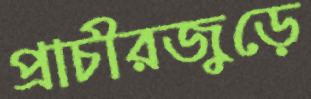
প্রাচীরজুড়ে